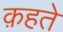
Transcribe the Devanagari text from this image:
क़हते